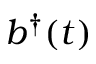
b ^ { \dagger } ( t )